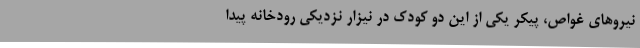
نیروهای غواص، پیکر یکی از این دو کودک در نیزار نزدیکی رودخانه پیدا